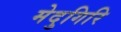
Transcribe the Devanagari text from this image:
मेदुगिरि